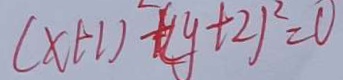
( x + 1 ) + ( y + 2 ) ^ { 2 } = 0